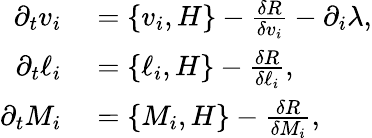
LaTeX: \begin{array}{rl}{\partial_{t}v_{i}}&{{}=\{ v_{i},H\} -\frac{\delta R}{\delta v_{i}}-\partial_{i}\lambda,}\\ {\partial_{t}\ell_{i}}&{{}=\{ \ell_{i},H\} -\frac{\delta R}{\delta\ell_{i}},}\\ {\partial_{t}M_{i}}&{{}=\{ M_{i},H\} -\frac{\delta R}{\delta M_{i}},}\end{array}